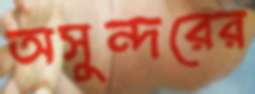
অসুন্দরের